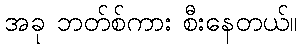
အခု ဘတ်စ်ကား စီးနေတယ်။